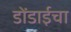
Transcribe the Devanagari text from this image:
डोंडाईचा